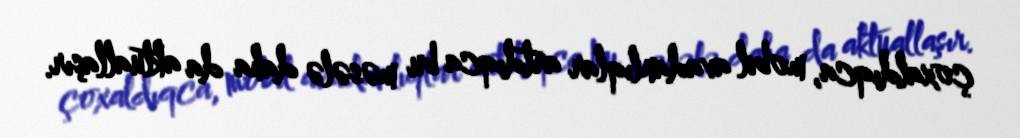
çoxaldıqca, mobil avadanlıqlar artdıqca bu məsələ daha da aktuallaşır.